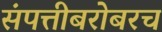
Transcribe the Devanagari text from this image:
संपत्तीबरोबरच